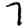
Digit: 7